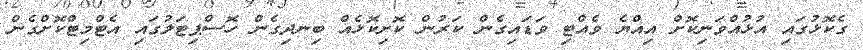
ގެކޮޅުގައި އުޅުއްވަނިކޮށް އިއްޔެ ވެއްޓި ވަޑައިގެން ކަރުން ކޮށިކޮޅެއް ބިނދިގެން ހޮސްޕިޓަލުގައި އެޓްމިޓްކޮށްގެން